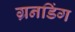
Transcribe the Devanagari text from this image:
ग्रनडिंग